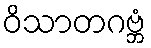
ဝိသာတဂဗ္ဘံ